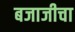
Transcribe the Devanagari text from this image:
बजाजीचा